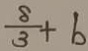
\frac { 8 } { 3 } + b